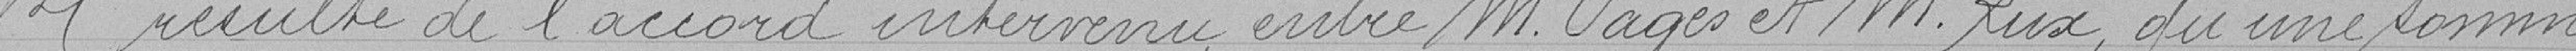
Il résulte de l'accord intervenu entre Monsieur PAGES et Monsieur  LUX qu'une somme